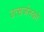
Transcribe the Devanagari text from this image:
उत्सर्जनको